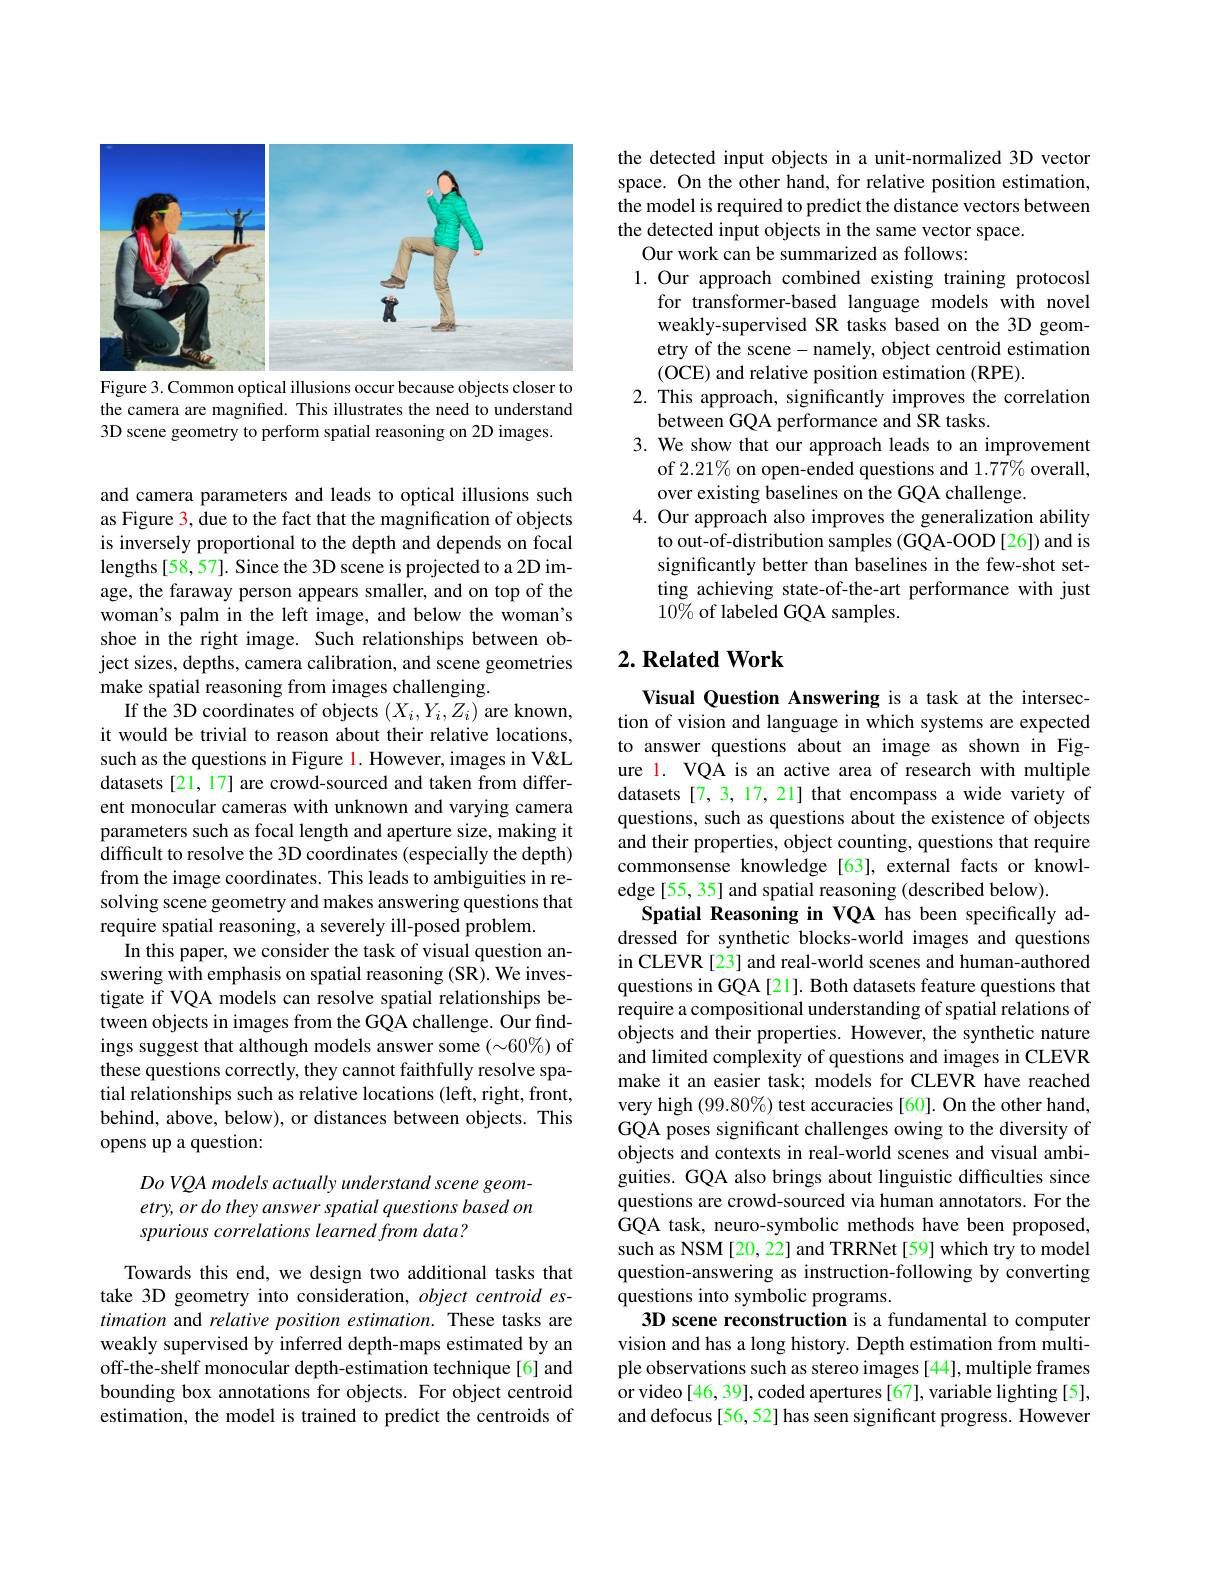
<FigureHere>
Figure 3. Common optical illusions occur because objects closer to

the camera are magnified. This illustrates the need to understand
3D scene geometry to perform spatial reasoning on 2D images.

and camera parameters and leads to optical illusions such as Figure 3, due to the fact that the magnification of objects is inversely proportional to the depth and depends on focal lengths[58,57]. Since the 3D scene is projected to a 2D image, the faraway person appears smaller, and on top of the woman's palm in the left image, and below the woman's shoe in the right image. Such relationships between object sizes, depths, camera calibration, and scene geometries make spatial reasoning from images challenging.
If the 3D coordinates of objects $(X_i,Y_i,Z_i)$ are known, it would be trivial to reason about their relative locations, such as the questions in Figure l. However, images in V&L datasets [21,17] are crowd-sourced and taken from different monocular cameras with unknown and varying camera parameters such as focal length and aperture size, making it difficult to resolve the 3D coordinates (especially the depth) from the image coordinates. This leads to ambiguities in resolving scene geometry and makes answering questions that require spatial reasoning, a severely ill-posed problem.
In this paper, we consider the task of visual question answering with emphasis on spatial reasoning (SR). We investigate if VQA models can resolve spatial relationships between objects in images from the GQA challenge. Our findings suggest that although models answer some $(\sim60\%)$ of these questions correctly, they cannot faithfully resolve spatial relationships such as relative locations (left, right, front, behind, above, below), or distances between objects. This opens up a question:

Do VQA models actually understand scene geometry, or do they answer spatial questions based on spurious correlations learned from data?

Towards this end, we design two additional tasks that take 3D geometry into consideration, object centroid estimation and relative position estimation. These tasks are weakly supervised by inferred depth-maps estimated by an off-the-shelf monocular depth-estimation technique[6] and bounding box annotations for objects. For object centroid estimation, the model is trained to predict the centroids of

the detected input objects in a unit-normalized 3D vector space. On the other hand, for relative position estimation, the model is required to predict the distance vectors between the detected input objects in the same vector space.
Our work can be summarized as follows:
1. Our approach combined existing training protocosl
for transformer-based language models with novel weakly-supervised SR tasks based on the 3D geometry of the scene- namely, object centroid estimation (OCE) and relative position estimation (RPE).
2. This approach, significantly improves the correlation
between GQA performance and SR tasks.
3. We show that our approach leads to an improvement
of 2.21% on open-ended questions and 1.77% overall,
over existing baselines on the GQA challenge.
4. Our approach also improves the generalization ability
to out-of-distribution samples (GQA-OOD[26]) and is significantly better than baselines in the few-shot setting achieving state-of-the-art performance with just $10\tilde{\%}$ of labeled GQA samples.

## $2. \textbf{Related Work}$

Visual Question Answering is a task at the intersection of vision and language in which systems are expected to answer questions about an image as shown in Figure l. VQA is an active area of research with multiple datasets[7, 3, 17, 21] that encompass a wide variety of questions, such as questions about the existence of objects and their properties, object counting, questions that require commonsense knowledge[63], external facts or knowledge [55, 35] and spatial reasoning (described below).
Spatial Reasoning in VQA has been specifically addressed for synthetic blocks-world images and questions in CLEVR [23] and real-world scenes and human-authored questions in GQA[21]. Both datasets feature questions that require a compositional understanding of spatial relations of objects and their properties. However, the synthetic nature and limited complexity of questions and images in CLEVR make it an easier task; models for CLEVR have reached very high $(99.80\%)$ test accuracies [60]. On the other hand, GQA poses significant challenges owing to the diversity of objects and contexts in real-world scenes and visual ambiguities. GQA also brings about linguistic difficulties since questions are crowd-sourced via human annotators. For the GQA task, neuro-symbolic methods have been proposed, such as NSM [20, 22] and TRRNet [59] which try to model question-answering as instruction-following by converting questions into symbolic programs.
3D scene reconstruction is a fundamental to computer vision and has a long history. Depth estimation from multiple observations such as stereo images [44], multiple frames or video[46, 39], coded apertures [67], variable lighting [5], and defocus [56,52] has seen significant progress. However